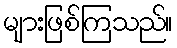
များဖြစ်ကြသည်။